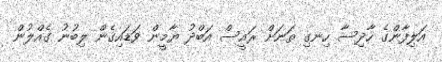
އަލިފާންގެ ހާދިސާ ހިނގި ތަނަށް ރައީސް އަބްދު ޔާމީން ވަޑައިގެން ލިބުނު ގެއްލުން